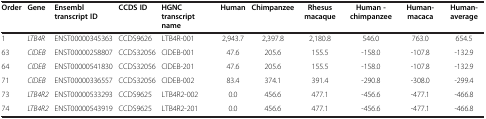
<table><thead><tr><td><b>Order</b></td><td><b>Gene</b></td><td><b>Ensembl transcript ID</b></td><td><b>CCDS ID</b></td><td><b>HGNC transcript name</b></td><td><b>Human</b></td><td><b>Chimpanzee</b></td><td><b>Rhesus macaque</b></td><td><b>Human - chimpanzee</b></td><td><b>Human-macaca</b></td><td><b>Human- average</b></td></tr></thead><tbody><tr><td>1</td><td><i>LTB4R</i></td><td>ENST00000345363</td><td>CCDS9626</td><td>LTB4R-001</td><td>2,943.7</td><td>2,397.8</td><td>2,180.8</td><td>546.0</td><td>763.0</td><td>654.5</td></tr><tr><td>63</td><td><i>CIDEB</i></td><td>ENST00000258807</td><td>CCDS32056</td><td>CIDEB-001</td><td>47.6</td><td>205.6</td><td>155.5</td><td>-158.0</td><td>-107.8</td><td>-132.9</td></tr><tr><td>64</td><td><i>CIDEB</i></td><td>ENST00000541830</td><td>CCDS32056</td><td>CIDEB-201</td><td>47.6</td><td>205.6</td><td>155.5</td><td>-158.0</td><td>-107.8</td><td>-132.9</td></tr><tr><td>71</td><td><i>CIDEB</i></td><td>ENST00000336557</td><td>CCDS32056</td><td>CIDEB-002</td><td>83.4</td><td>374.1</td><td>391.4</td><td>-290.8</td><td>-308.0</td><td>-299.4</td></tr><tr><td>73</td><td><i>LTB4R2</i></td><td>ENST00000533293</td><td>CCDS9625</td><td>LTB4R2-002</td><td>0.0</td><td>456.6</td><td>477.1</td><td>-456.6</td><td>-477.1</td><td>-466.8</td></tr><tr><td>74</td><td><i>LTB4R2</i></td><td>ENST00000543919</td><td>CCDS9625</td><td>LTB4R2-201</td><td>0.0</td><td>456.6</td><td>477.1</td><td>-456.6</td><td>-477.1</td><td>-466.8</td></tr></tbody></table>